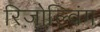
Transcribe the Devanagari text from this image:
रिज़ोल्विंग